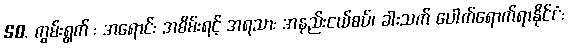
50. ကွမ်းရွက် : အရောင်: အစိမ်းရင့် အရသာ: အနည်းငယ်စပ်၊ ခါးသက် ပေါက်ရောက်ရာနိုင်ငံ: